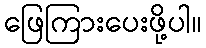
ဖြေကြားပေးဖို့ပါ။